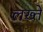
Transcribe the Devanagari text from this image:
लख्ते